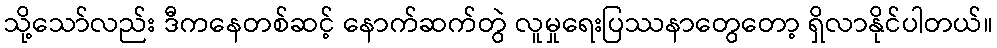
သို့သော်လည်း ဒီကနေတစ်ဆင့် နောက်ဆက်တွဲ လူမှုရေးပြဿနာတွေတော့ ရှိလာနိုင်ပါတယ်။